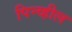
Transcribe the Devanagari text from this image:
पिन्व्हील